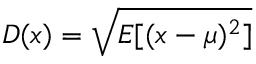
D ( x ) = { \sqrt { E [ ( x - \mu ) ^ { 2 } ] } }